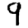
Digit: 9